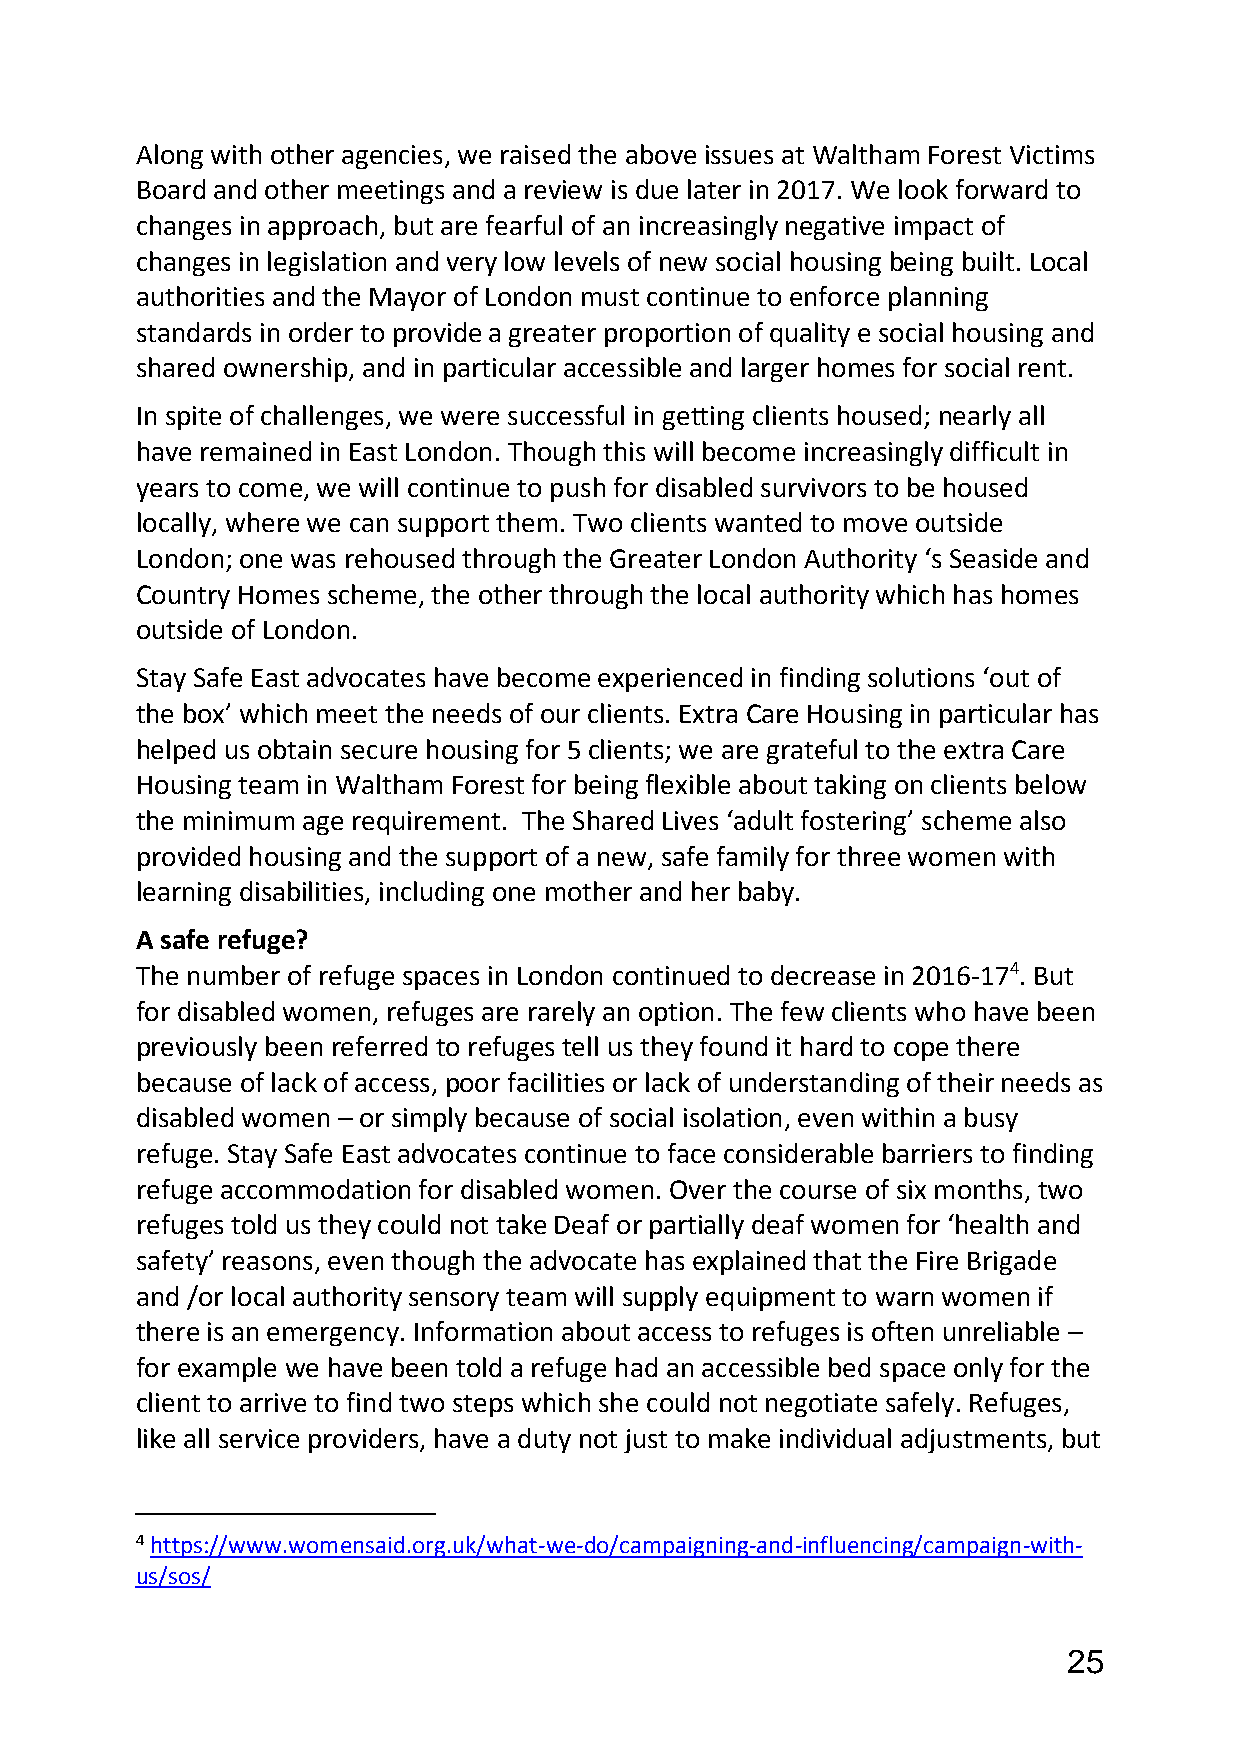
Along with other agencies, we raised the above issues at Waltham Forest Victims
 Board and other meetings and a review is due later in 2017. We look forward to
 changes in approach, but are fearful of an increasingly negative impact of
 changes in legislation and very low levels of new social housing being built. Local
 authorities and the Mayor of London must continue to enforce planning
 standards in order to provide a greater proportion of quality e social housing and
 shared ownership, and in particular accessible and larger homes for social rent.
 In spite of challenges, we were successful in getting clients housed; nearly all
 have remained in East London. Though this will become increasingly difficult in
 years to come, we will continue to push for disabled survivors to be housed
 locally, where we can support them. Two clients wanted to move outside
 London; one was rehoused through the Greater London Authority ‘s Seaside and
 Country Homes scheme, the other through the local authority which has homes
 outside of London.
 Stay Safe East advocates have become experienced in finding solutions ‘out of
 the box’ which meet the needs of our clients. Extra Care Housing in particular has
 helped us obtain secure housing for 5 clients; we are grateful to the extra Care
 Housing team in Waltham Forest for being flexible about taking on clients below
 the minimum age requirement. The Shared Lives ‘adult fostering’ scheme also
 provided housing and the support of a new, safe family for three women with
 learning disabilities, including one mother and her baby.
 A safe refuge?
 The number of refuge spaces in London continued to decrease in 2016-174. But
 for disabled women, refuges are rarely an option. The few clients who have been
 previously been referred to refuges tell us they found it hard to cope there
 because of lack of access, poor facilities or lack of understanding of their needs as
 disabled women – or simply because of social isolation, even within a busy
 refuge. Stay Safe East advocates continue to face considerable barriers to finding
 refuge accommodation for disabled women. Over the course of six months, two
 refuges told us they could not take Deaf or partially deaf women for ‘health and
 safety’ reasons, even though the advocate has explained that the Fire Brigade
 and /or local authority sensory team will supply equipment to warn women if
 there is an emergency. Information about access to refuges is often unreliable –
 for example we have been told a refuge had an accessible bed space only for the
 client to arrive to find two steps which she could not negotiate safely. Refuges,
 like all service providers, have a duty not just to make individual adjustments, but
 4 https://www.womensaid.org.uk/what-we-do/campaigning-and-influencing/campaign-with-
 us/sos/
 25